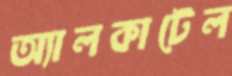
অ্যালকাটেল